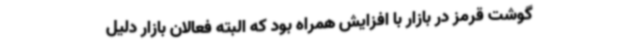
گوشت قرمز در بازار با افزایش همراه بود که البته فعالان بازار دلیل